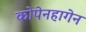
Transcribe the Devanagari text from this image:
कोपेनहागेन